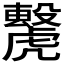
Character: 𧈌